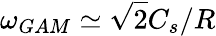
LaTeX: \omega_{GAM}\simeq\sqrt{2}C_{s}/R